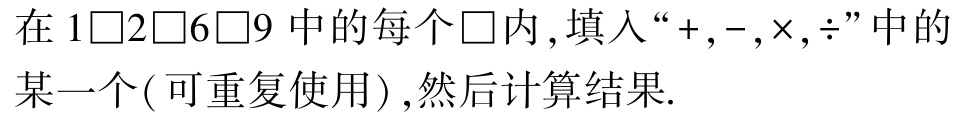
在 \(1\square2\square6\square9\) 中的每个 \(\square\) 内 , 填入 “\(+,-,\times,\div\)” 中的某一个( 可重复使用) , 然后计算结果.